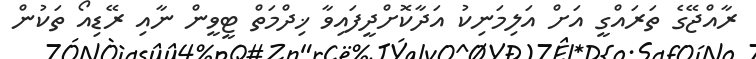
ރާއްޖޭގެ ތަރައްގީ އަށް އަލިމަނިކު އަދާކޮށްދީފައިވާ ޚިދްމަތް ޓީވީން ނާއި ރޭޑިއޯ ތަކުން